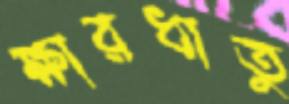
ক্ষারধাতু